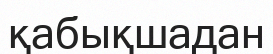
қабықшадан